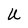
Character: U